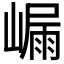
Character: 𭗑